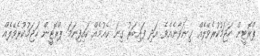
ޕްރޮޓީން ހަޖަމުކުރެވޭލެއް ގިނަވާނެއެވެ. އަދި ފައިބަރު ގިނަ ކެއުމެއް ކައިފިނަމަ ޕްރޮޓީން ހަޖަމުކުރެވޭލެއް